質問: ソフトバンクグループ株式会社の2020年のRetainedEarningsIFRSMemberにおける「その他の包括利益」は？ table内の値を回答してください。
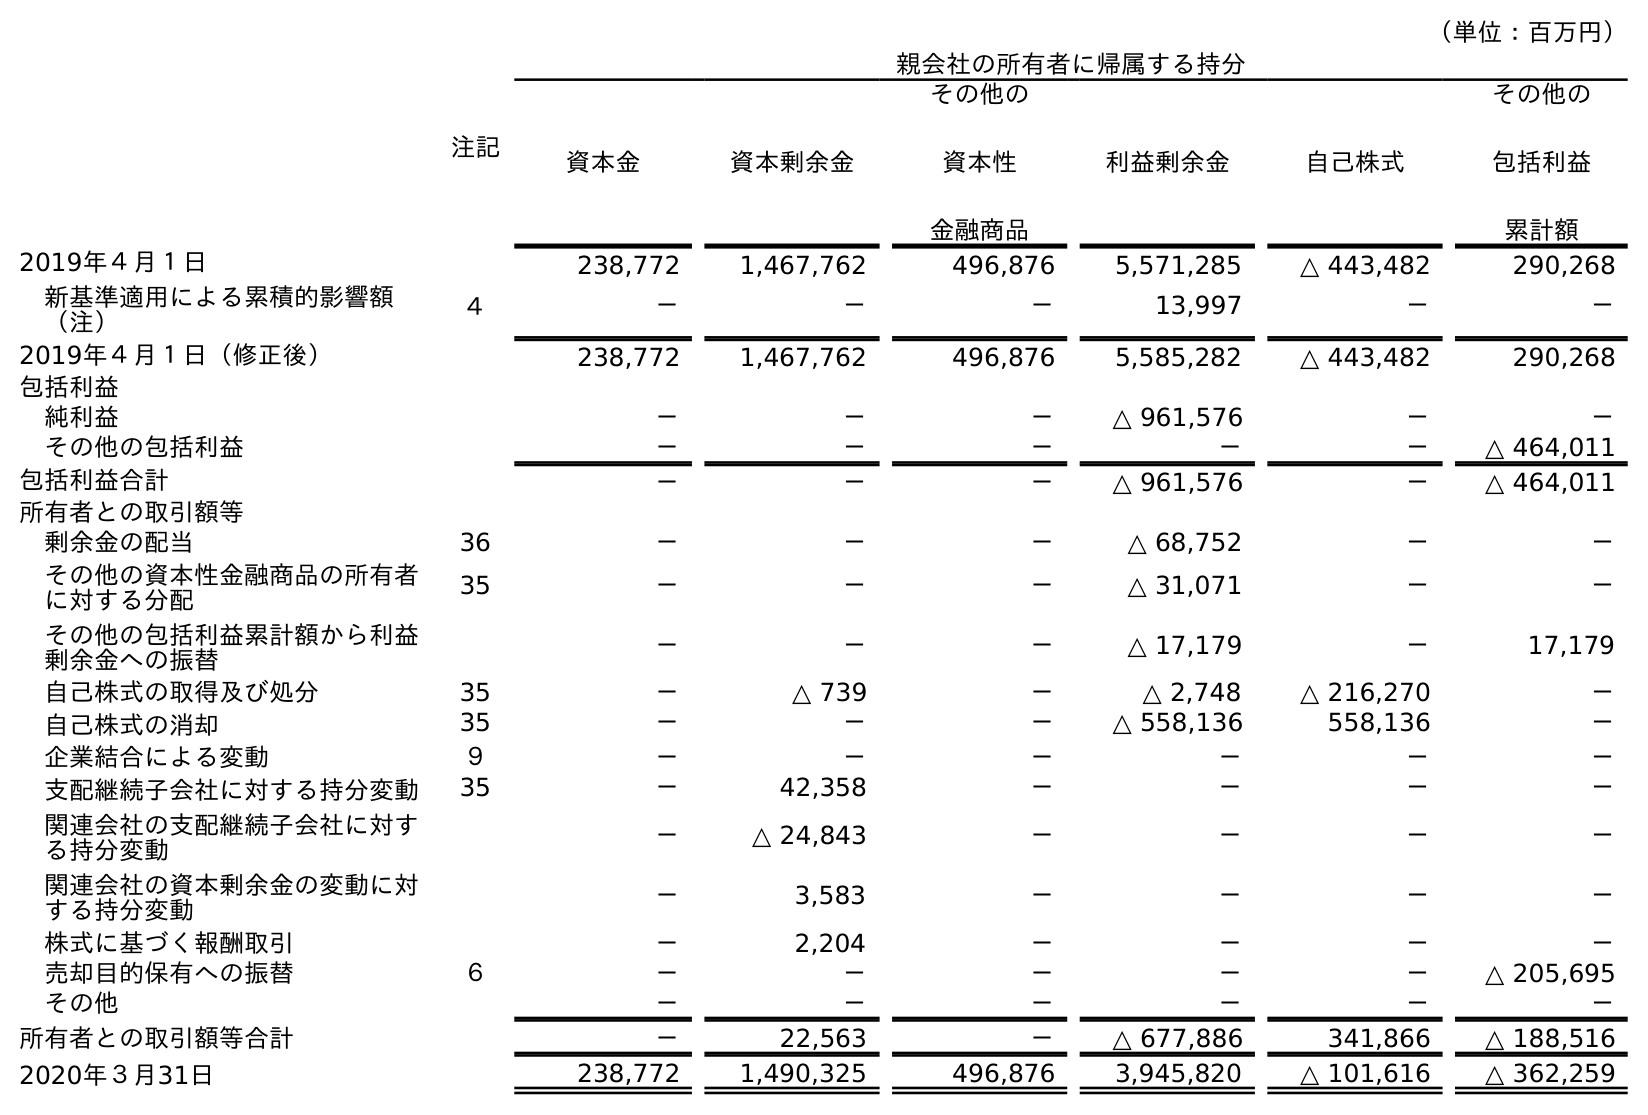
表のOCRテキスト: （単位：百万円） 注記 親会社の所有者に帰属する持分 資本金 資本剰余金 その他の 資本性 金融商品 利益剰余金 自己株式 その他の 包括利益 累計額 2019年４月１日 238,772 1,467,762 496,876 5,571,285 △ 443,482 290,268 新基準適用による累積的影響額 （注） ４ － － － 13,997 － － 2019年４月１日（修正後） 238,772 1,467,762 496,876 5,585,282 △ 443,482 290,268 包括利益 純利益 － － － △ 961,576 － － その他の包括利益 － － － － － △ 464,011 包括利益合計 － － － △ 961,576 － △ 464,011 所有者との取引額等 剰余金の配当 36 － － － △ 68,752 － － その他の資本性金融商品の所有者 に対する分配 35 － － － △ 31,071 － － その他の包括利益累計額から利益 剰余金への振替 － － － △ 17,179 － 17,179 自己株式の取得及び処分 35 － △ 739 － △ 2,748 △ 216,270 － 自己株式の消却 35 － － － △ 558,136 558,136 － 企業結合による変動 ９ － － － － － － 支配継続子会社に対する持分変動 35 － 42,358 － － － － 関連会社の支配継続子会社に対す る持分変動 － △ 24,843 － － － － 関連会社の資本剰余金の変動に対 する持分変動 － 3,583 － － － － 株式に基づく報酬取引 － 2,204 － － － － 売却目的保有への振替 ６ － － － － － △ 205,695 その他 － － － － － － 所有者との取引額等合計 － 22,563 － △ 677,886 341,866 △ 188,516 2020年３月31日 238,772 1,490,325 496,876 3,945,820 △ 101,616 △ 362,259
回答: －